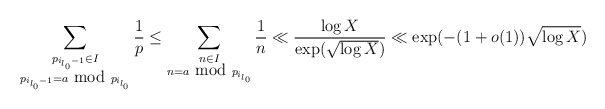
\begin{align*}\sum_{\substack{p_{i_{l_0}-1} \in I \\ p_{i_{l_0}-1} = a \hbox{ mod } p_{i_{l_0}} }} \frac{1}{p} \leq \sum_{\substack{n \in I \\ n = a \hbox{ mod } p_{i_{l_0}} }} \frac{1}{n} \ll \frac{\log X}{\exp(\sqrt{\log X})} \ll \exp( - (1+o(1)) \sqrt{\log X} )\end{align*}